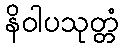
နိဝါပသုတ္တံ